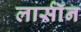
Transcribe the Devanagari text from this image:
लार्सॉन